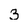
Character: 3